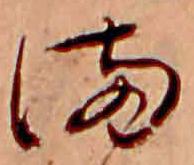
ま